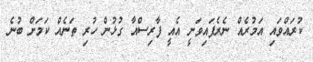
ކުރައްވައި އަމުރެއް ނެރެފައިވަނީ އެއީ ފާރިސްއާ ގުޅުން ހުރި ތަނެއް ކަމަށް ބުނެ